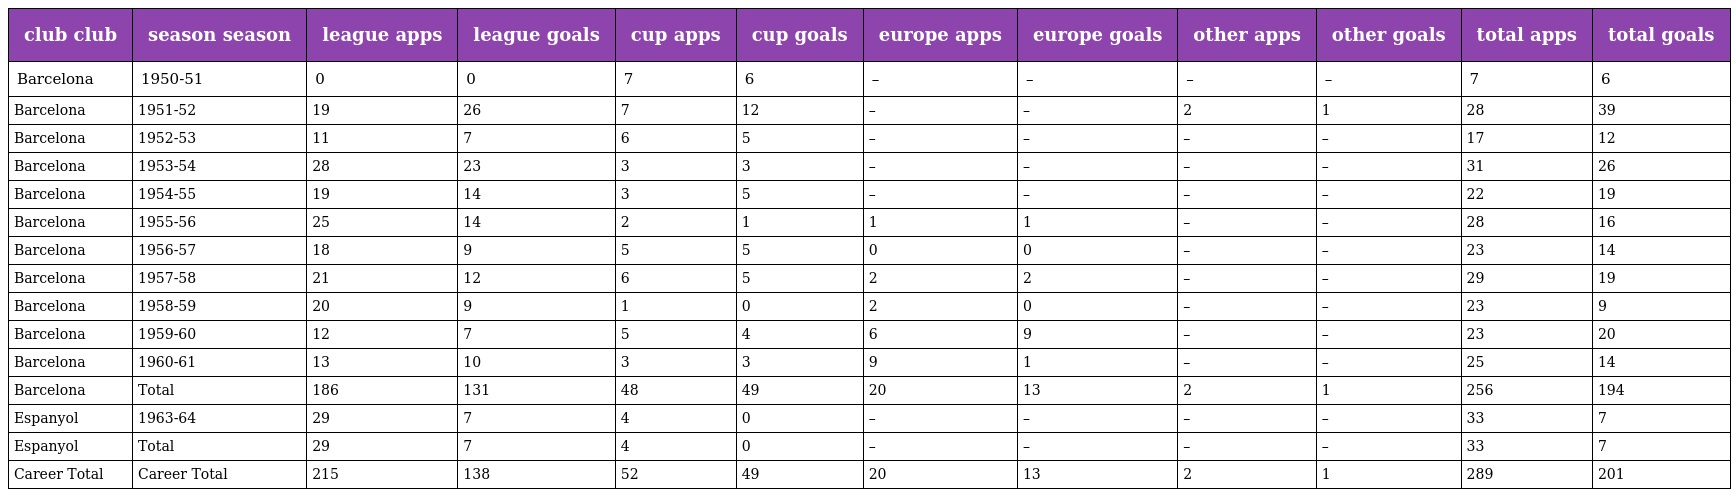
| club club | season season | league apps | league goals | cup apps | cup goals | europe apps | europe goals | other apps | other goals | total apps | total goals |
 | --- | --- | --- | --- | --- | --- | --- | --- | --- | --- | --- | --- |
 | Barcelona | 1950-51 | 0 | 0 | 7 | 6 | – | – | – | – | 7 | 6 |
 | Barcelona | 1951-52 | 19 | 26 | 7 | 12 | – | – | 2 | 1 | 28 | 39 |
 | Barcelona | 1952-53 | 11 | 7 | 6 | 5 | – | – | – | – | 17 | 12 |
 | Barcelona | 1953-54 | 28 | 23 | 3 | 3 | – | – | – | – | 31 | 26 |
 | Barcelona | 1954-55 | 19 | 14 | 3 | 5 | – | – | – | – | 22 | 19 |
 | Barcelona | 1955-56 | 25 | 14 | 2 | 1 | 1 | 1 | – | – | 28 | 16 |
 | Barcelona | 1956-57 | 18 | 9 | 5 | 5 | 0 | 0 | – | – | 23 | 14 |
 | Barcelona | 1957-58 | 21 | 12 | 6 | 5 | 2 | 2 | – | – | 29 | 19 |
 | Barcelona | 1958-59 | 20 | 9 | 1 | 0 | 2 | 0 | – | – | 23 | 9 |
 | Barcelona | 1959-60 | 12 | 7 | 5 | 4 | 6 | 9 | – | – | 23 | 20 |
 | Barcelona | 1960-61 | 13 | 10 | 3 | 3 | 9 | 1 | – | – | 25 | 14 |
 | Barcelona | Total | 186 | 131 | 48 | 49 | 20 | 13 | 2 | 1 | 256 | 194 |
 | Espanyol | 1963-64 | 29 | 7 | 4 | 0 | – | – | – | – | 33 | 7 |
 | Espanyol | Total | 29 | 7 | 4 | 0 | – | – | – | – | 33 | 7 |
 | Career Total | Career Total | 215 | 138 | 52 | 49 | 20 | 13 | 2 | 1 | 289 | 201 |